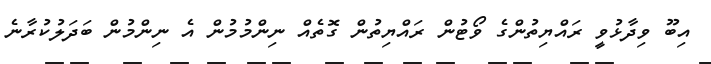
އިބޫ ވިދާޅުވީ ރައްޔިތުންގެ ވޯޓުން ރައްޔިތުން ގޮތެއް ނިންމުމުން އެ ނިންމުން ބަދަލުކުރާނެ